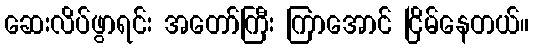
ဆေးလိပ်ဖွာရင်း အတော်ကြီး ကြာအောင် ငြိမ်နေတယ်။